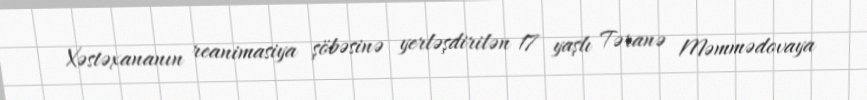
Xəstəxananın reanimasiya şöbəsinə yerləşdirilən 17 yaşlı Təranə Məmmədovaya